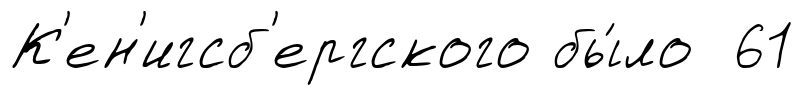
К'ен'игсб'ергского бы́ло 61